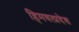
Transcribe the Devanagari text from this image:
हिमवत्प्रदेश